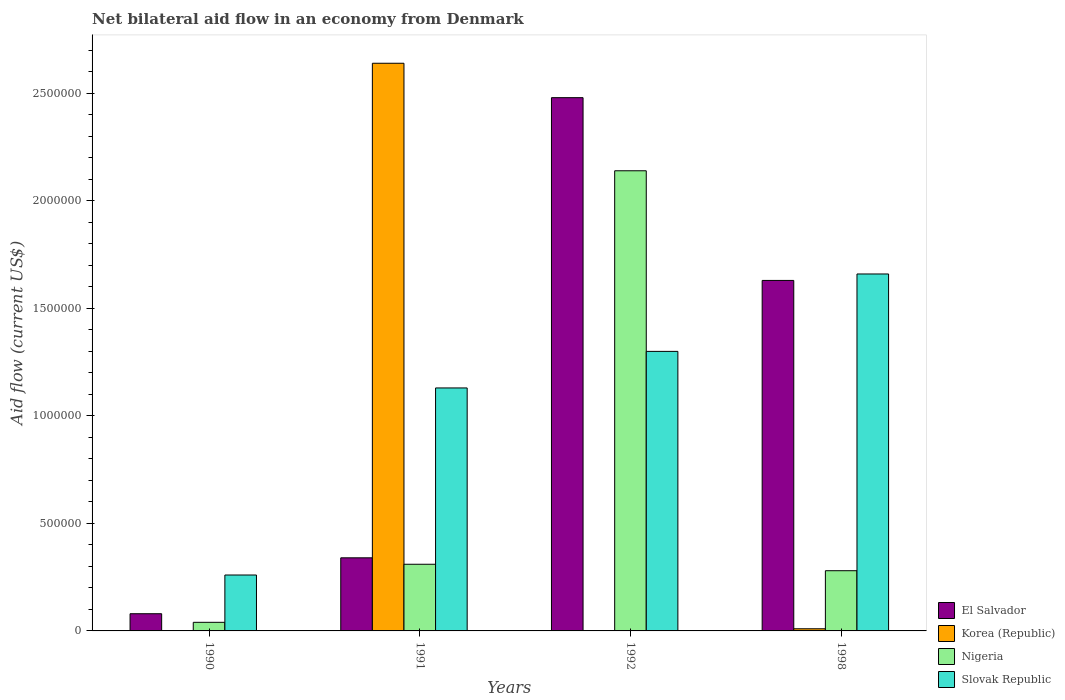
| Years | El Salvador | Korea (Republic) | Nigeria | Slovak Republic |
 | --- | --- | --- | --- | --- |
 | 1990 | 8e+04 | -1.8e+05 | 4e+04 | 2.6e+05 |
 | 1991 | 3.4e+05 | 2.64e+06 | 3.1e+05 | 1.13e+06 |
 | 1992 | 2.48e+06 | -1.8e+05 | 2.14e+06 | 1.3e+06 |
 | 1998 | 1.63e+06 | 1e+04 | 2.8e+05 | 1.66e+06 |